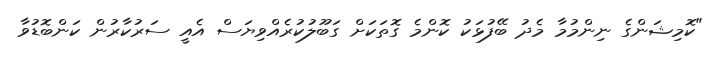
"ކޮމިޝަންގެ ނިންމުމާ މެދު ބޭފުޅަކު ކޮންމެ ގޮތަކަށް ގަބޫލުކުރެއްވިޔަސް އެއީ ސަރުކާރުން ކަންބޮޑުވާ